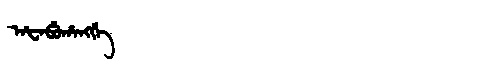
Manchu: ᠠᡶᠠᠪᡠᡥᠠᠩᡤᡝ
Romanization: AFABUHANGGE